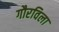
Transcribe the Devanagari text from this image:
गौरविला